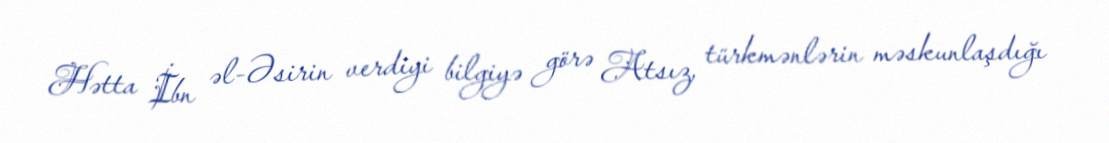
Hətta İbn əl-Əsirin verdiyi bilgiyə görə Atsız, türkmənlərin məskunlaşdığı